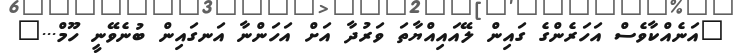
"އަނެއްކާވެސް އަހަރެންގެ ގައިން ލޭއައިއްޔާތަ ވަރުދާ އަށް އަހަންނާ އަނގައިން ބުނެވޭނީ ހޫމް..."